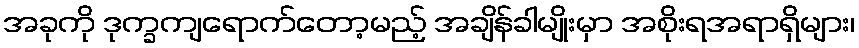
အခုကို ဒုက္ခကျရောက်တော့မည့် အချိန်ခါမျိုးမှာ အစိုးရအရာရှိများ၊